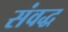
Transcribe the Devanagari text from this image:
संवद्ध